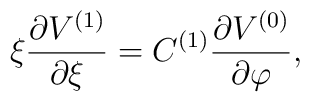
\xi \frac{\partial V^{(1)}}{\partial \xi }=C^{(1)}\frac{\partial V^{(0)}}{\partial \varphi },